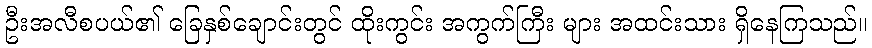
ဦးအလီစပယ်၏ ခြေနှစ်ချောင်းတွင် ထိုးကွင်း အကွက်ကြီး များ အထင်းသား ရှိနေကြသည်။